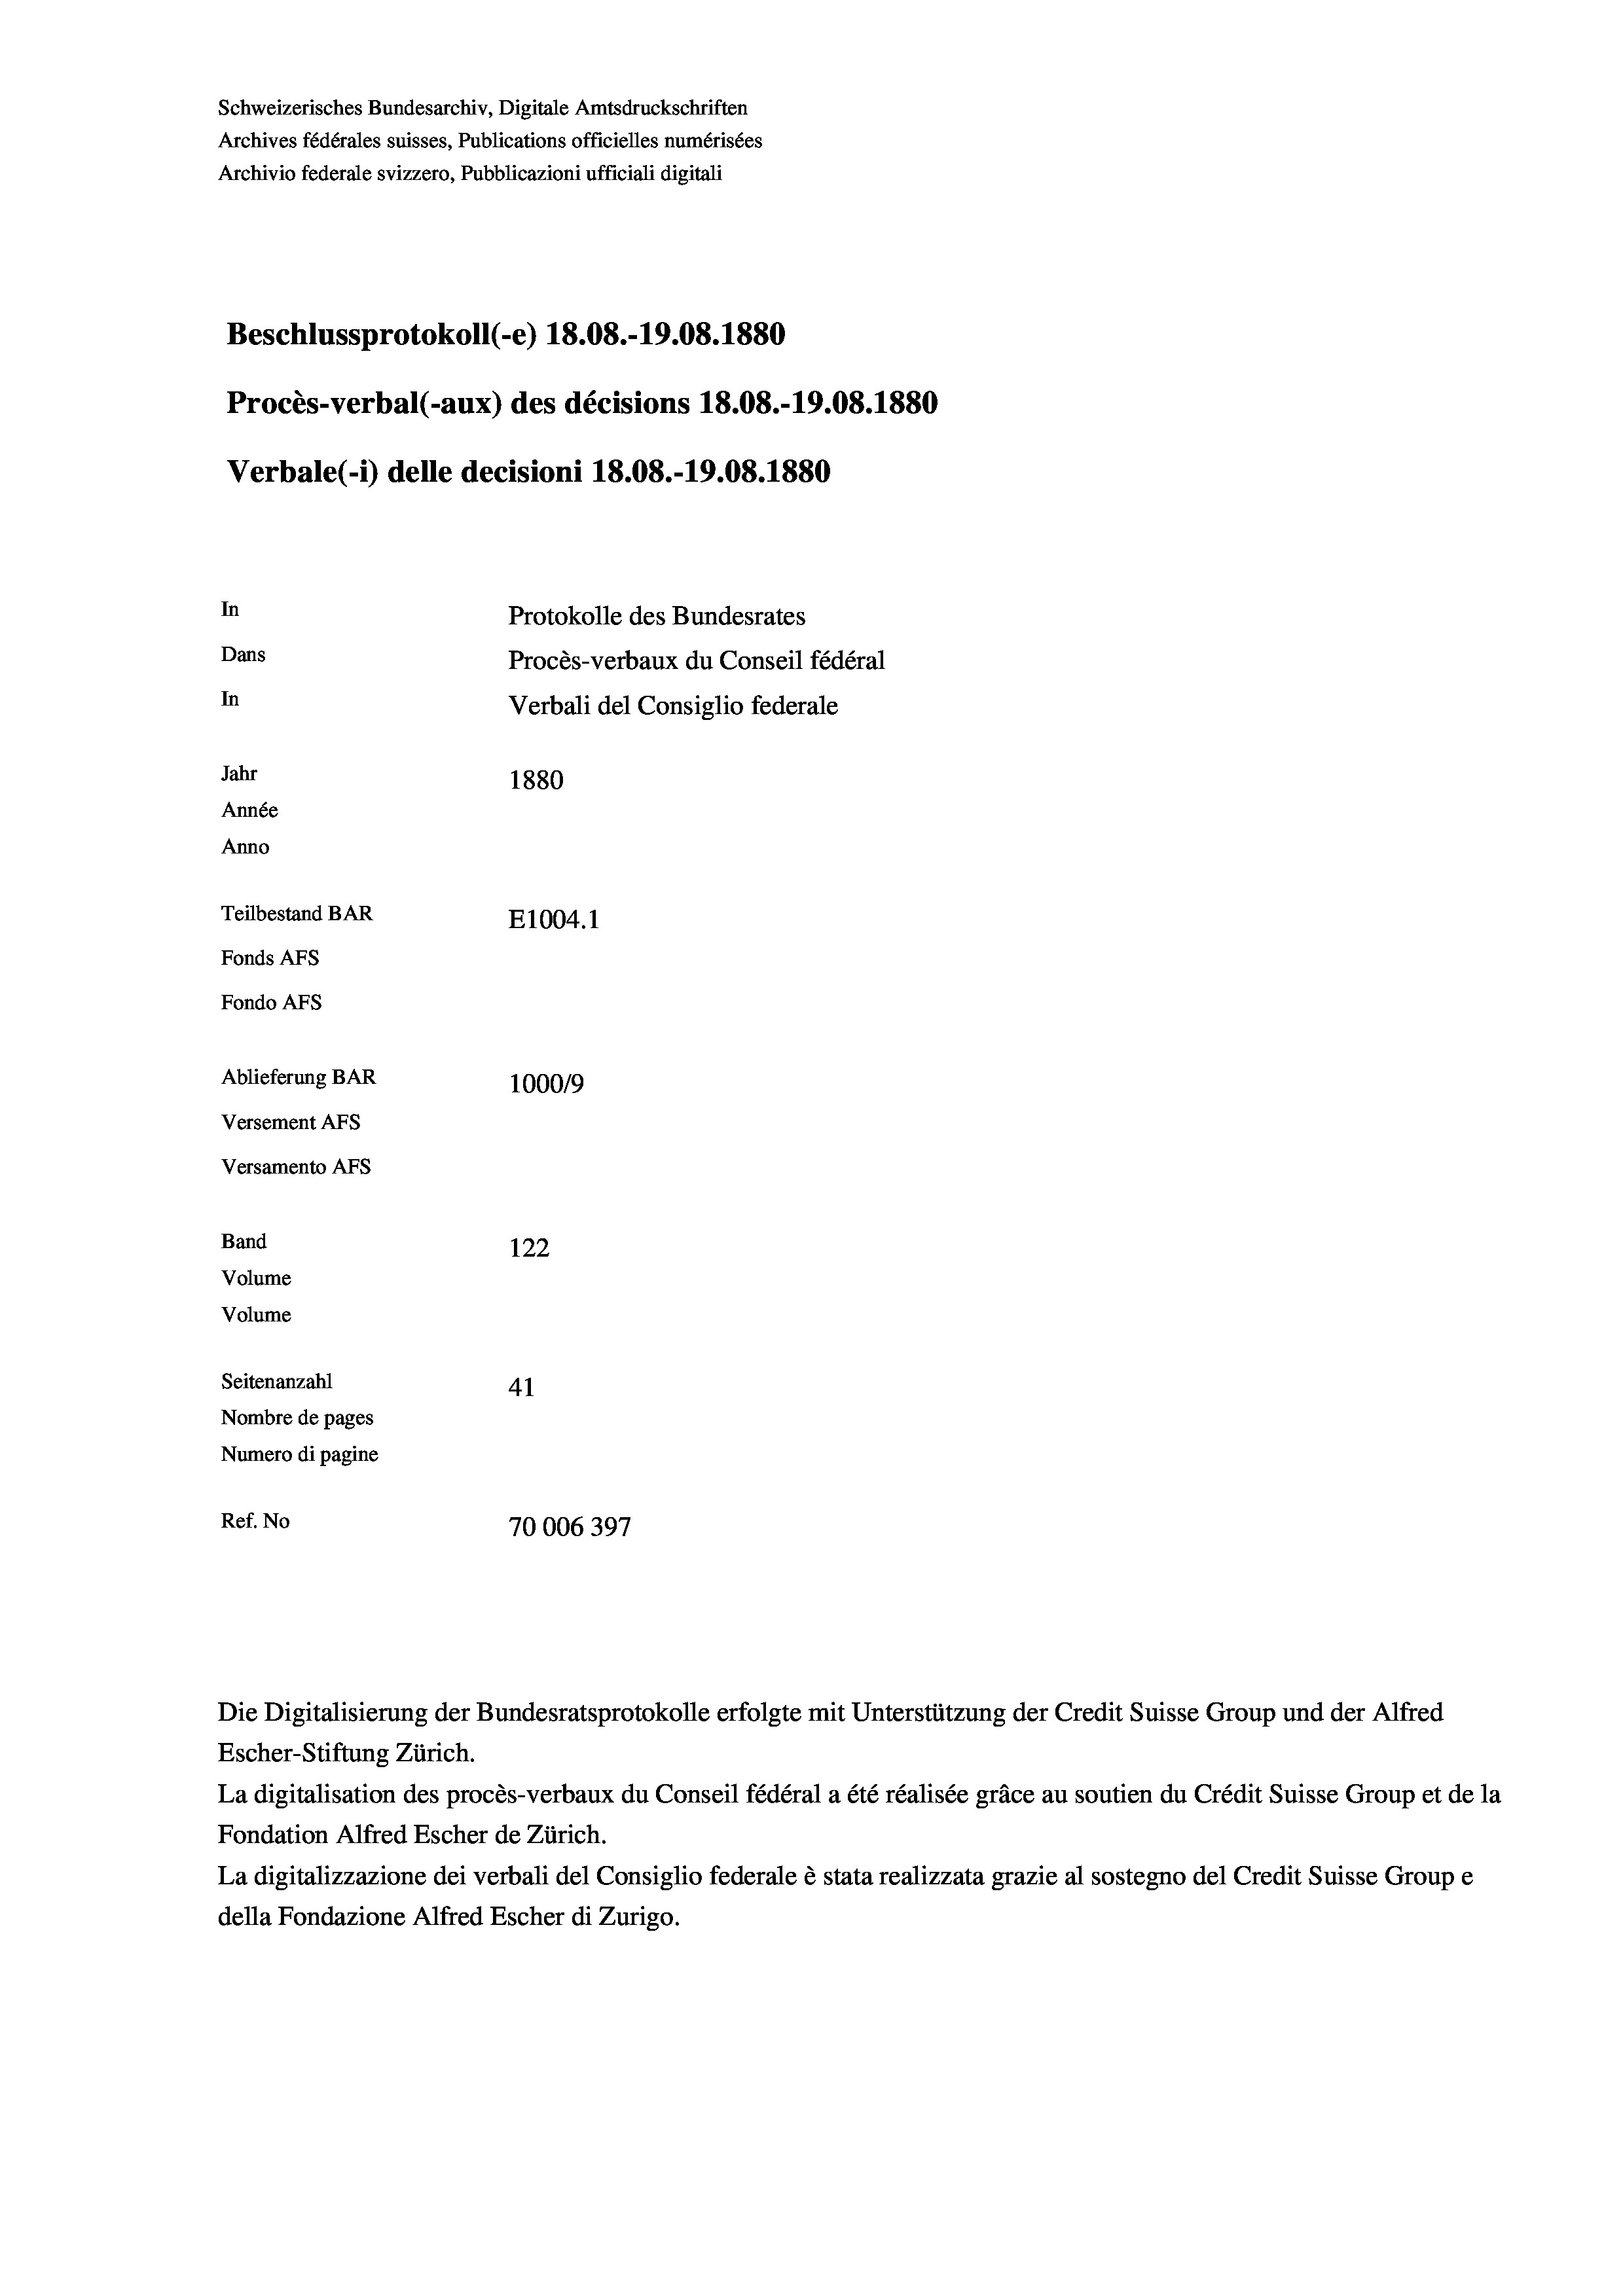
Schweizerisches Bundesarchiv, Digitale Amtsdruckschriften
Archives fédérales suisses, Publications officielles numérisées
Archivio federale svizzero, Pubblicazioni ufficiali digitali
Beschlussprotokoll (-e) 18.08.-19.08. 1880
Procès-verbal (-aux) des décisions 18.08.-19.08. 1880
Verbale(-*) delle decisioni 18.08.-19.08. 1880
In
Protokolle des Bundesrates
Dans
Procès-verbaux du Conseil fédéral
In
Verbali del Consiglio federale
Jahr
1880
Année
Anno
Teilbestand BAR
E1004.1
Fonds AFs
Fondo AFS
Ablieferung BAR
100019
Versement AFs
Versamento Afs
Band
122
Volume
Volume
Seitenanzahl
41
Nombre de pages
Numero di pagine
Ref. No
70006397

Die Digitalisierung der Bundesratsprotokolle erfolgte mit Unterstützung der Credit Suisse Group und der Alfred
Escher-Stiftung Zürich.
La digitalisation des procès-verbaux du Conseil fédéral a été réalisée gräce au soutien du Crédit Suisse Group et de la
Fondation Alfred Escher de Zürich.
La digitalizzazione dei verbali del Consiglio federale è stata realizzata grazie al sostegno del Credit Suisse Groupe
della Fondazione Alfred Escher di Zurigo.